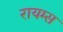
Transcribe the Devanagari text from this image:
रायम्स